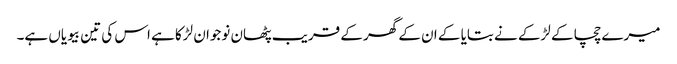
میرے چچا کے لڑکے نے بتایا کے ان کے گھر کے قریب پٹھان نوجوان لڑکا ہے اس کی تین بیویاں ہے۔